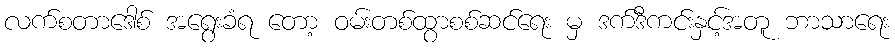
လက်စတာဒေါစ် အရွေးခံရ တော့ ဝမ်းတစ်ထွာစစ်ဆင်ရေး မှ ဒက်ဒီကင်းနှင့်အတူ ဘာသာရေး